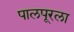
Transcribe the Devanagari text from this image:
पालपूरला